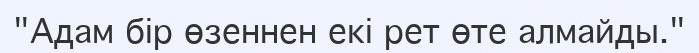
"Адам бір өзеннен екі рет өте алмайды."